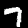
Digit: 7